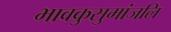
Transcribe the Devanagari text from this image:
भावकुसुमांजलि